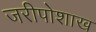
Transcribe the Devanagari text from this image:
जरीपोशाख